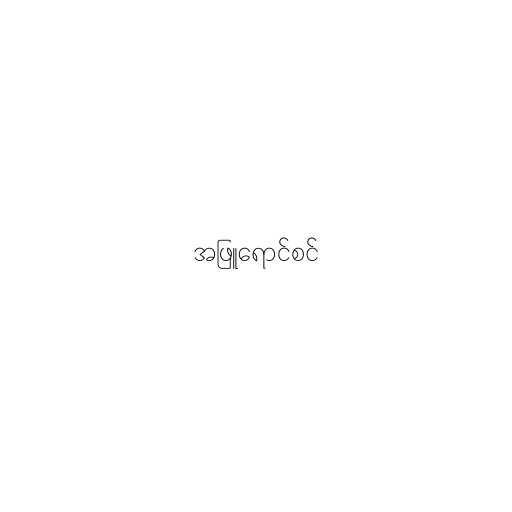
အဖြူရောင်စင်